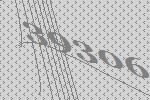
39306